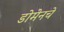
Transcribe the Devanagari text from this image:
डोमेनचे